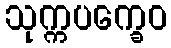
သုက္ကပက္ခေဝ